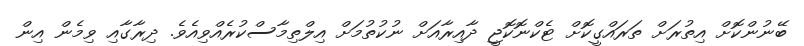
ބޭނުންކޮށް އިތުރަށް ތަރައްގީކޮށް ޓެކްނޮކޮޖީ ދާއިރާއަށް ނުކުތުމަށް އިލްތިމާސްކުރެއްވިއެވެ. ދިރާގާއި ވިމެން އިން